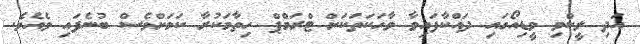
އަދި ލީކްވި ވީޑިއޯގައި ދައްކާފައިވާ ވާހަކަތަކަށް ޓްރަމްޕް ހިތާމަކުރާ ކަމަށްވެސް ބުނެފައި ވެއެވެ.